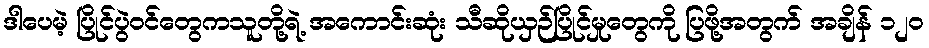
ဒါပေမဲ့ ပြိုင်ပွဲဝင်တွေကသူတို့ရဲ့ အကောင်းဆုံး သီဆိုယှဉ်ပြိုင်မှုတွေကို ပြဖို့အတွက် အချိန် ၁၂၀